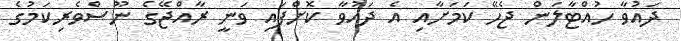
ދައުވާ ހުއްޓާލަން ޖެހޭ ކަމަށާއި އެ ދައުވާ ކޮށްފައި ވަނީ ރާއްޖޭގެ ނޫސްވެރިކަމުގެ